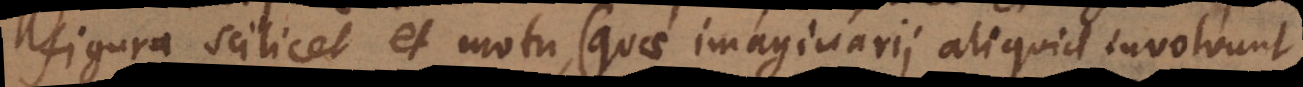
figura scilicet et motu (quae imaginarii aliquid involvunt